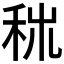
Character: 𥞕